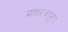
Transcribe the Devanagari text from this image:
महारजपुरड